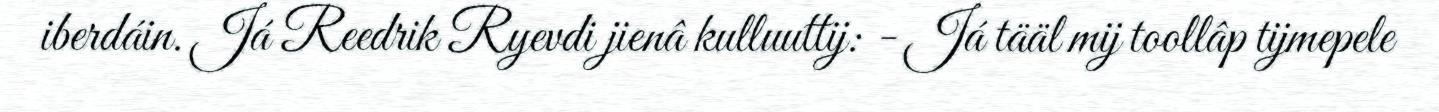
iberdáin. Já Reedrik Ryevdi jienâ kulluuttij: - Já tääl mij toollâp tijmepele